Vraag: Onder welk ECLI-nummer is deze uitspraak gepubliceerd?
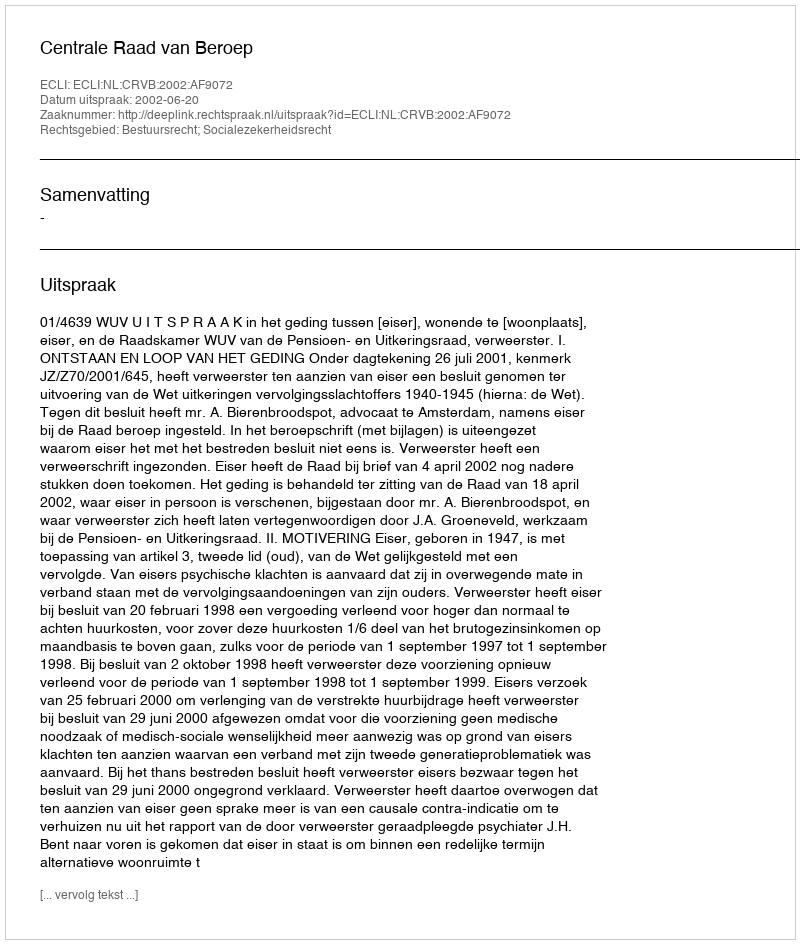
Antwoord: ECLI:NL:CRVB:2002:AF9072